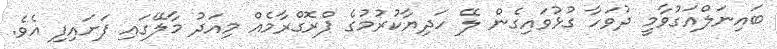
ބައިނަލްއަގުވާމީ ދުވަހާ ގުޅުވައިގެން ލޭ ހަދިޔާކުރުމުގެ ޕްރޮގްރާމެއް މިއަދު މާލޭގައި ފަށައިފި އެވެ.